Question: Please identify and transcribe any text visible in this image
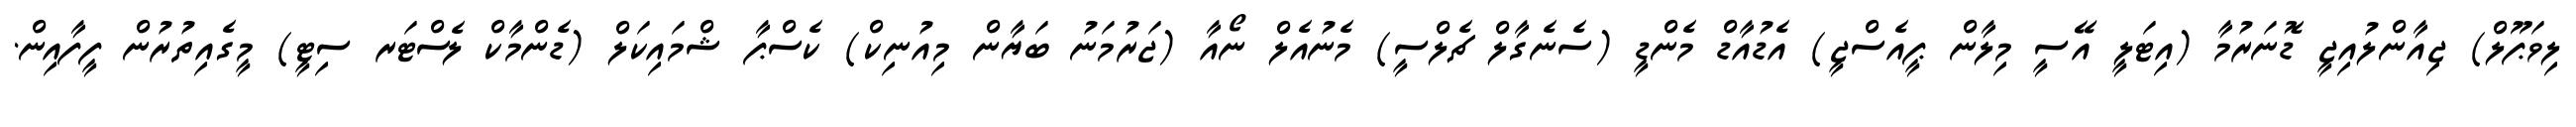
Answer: ލިވަޕޫލް) ޖިއާންލުއިޖީ ޑޮނަރުމާ (އިޓަލީ އޭސީ މިލާން ޕީއެސްޖީ) އެޑުއާޑް މެންޑީ (ސެނެގާލް ޗެލްސީ) މެނުއެލް ނޯއާ (ޖަރުމަނު ބަޔާން މިއުނިކް) ކެސްޕާ ޝްމައިކަލް (ޑެންމާކް ލެސްޓަރ ސިޓީ) މީގެއިތުރުން ފީފާއިން.